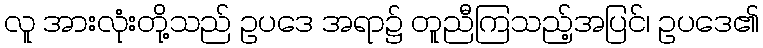
လူ အားလုံးတို့သည် ဥပဒေ အရာ၌ တူညီကြသည့်အပြင်၊ ဥပဒေ၏